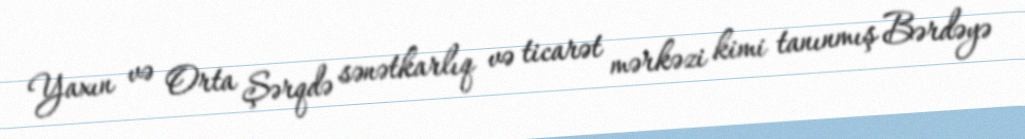
Yaxın və Orta Şərqdə sənətkarlıq və ticarət mərkəzi kimi tanınmış Bərdəyə